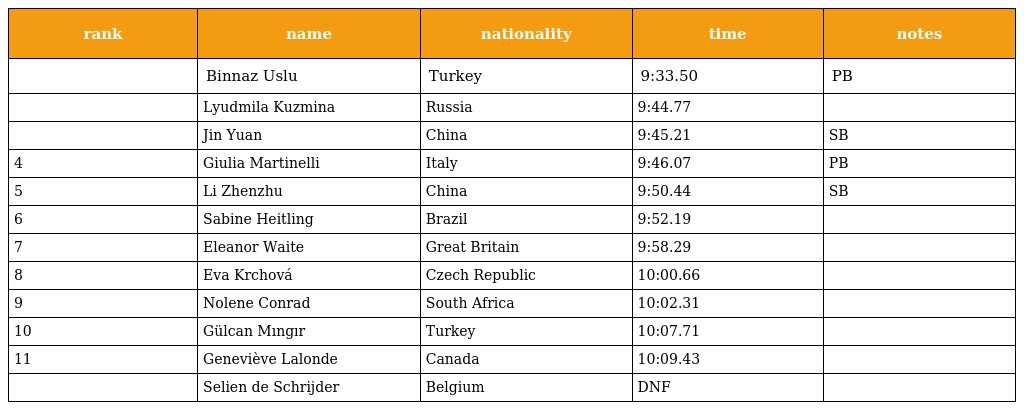
| rank | name | nationality | time | notes |
 | --- | --- | --- | --- | --- |
 |  | Binnaz Uslu | Turkey | 9:33.50 | PB |
 |  | Lyudmila Kuzmina | Russia | 9:44.77 |  |
 |  | Jin Yuan | China | 9:45.21 | SB |
 | 4 | Giulia Martinelli | Italy | 9:46.07 | PB |
 | 5 | Li Zhenzhu | China | 9:50.44 | SB |
 | 6 | Sabine Heitling | Brazil | 9:52.19 |  |
 | 7 | Eleanor Waite | Great Britain | 9:58.29 |  |
 | 8 | Eva Krchová | Czech Republic | 10:00.66 |  |
 | 9 | Nolene Conrad | South Africa | 10:02.31 |  |
 | 10 | Gülcan Mıngır | Turkey | 10:07.71 |  |
 | 11 | Geneviève Lalonde | Canada | 10:09.43 |  |
 |  | Selien de Schrijder | Belgium | DNF |  |